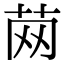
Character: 䒽